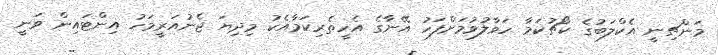
މަންޗިނީ އެކްލަބުގެ ކޯޗުކަމާ ހަވާލުވުމަށްފަހު އޭނާގެ އެހީތެރިކަމާއެކު މިދިޔަ ޖެނުއަރީމަހު އިންޓައިން ވަނީ